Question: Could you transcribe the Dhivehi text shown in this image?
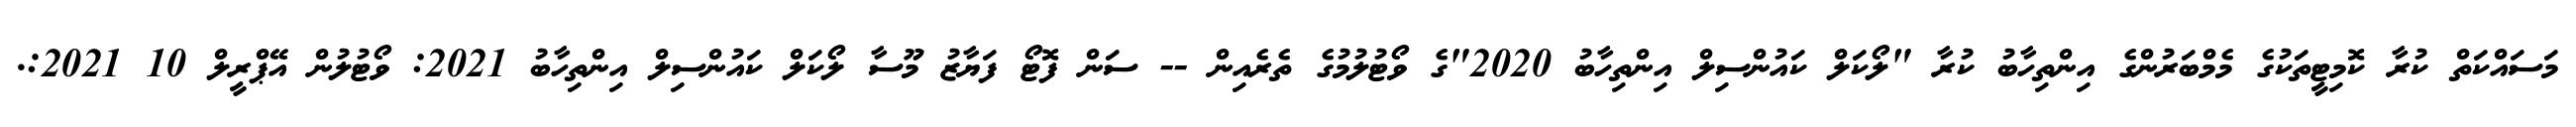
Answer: މަސައްކަތް ކުރާ ކޮމިޓީތަކުގެ މެމްބަރުންގެ އިންތިހާބު ކުރާ "ލޯކަލް ކައުންސިލް އިންތިހާބު 2020"ގެ ވޯޓުލުމުގެ ތެރެއިން -- ސަން ފޮޓޯ ފަޔާޒު މޫސާ ލޯކަލް ކައުންސިލް އިންތިހާބު 2021: ވޯޓުލުން އޭޕްރީލް 10 2021:.